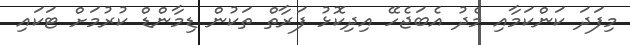
މިފަދަ ކަންކަމާއި މެދު އެބަޖެހޭ އިިދިކޮޅު ފަރާތް ތަކުން ޑިމާންޑް ކުރުމަށް ޓަކައި